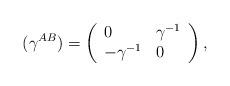
LaTeX: \begin{align*}{\large (}\gamma ^{AB}{\large )}=\left( \begin{array}{ll}0 & \gamma ^{-1} \\ -\gamma ^{-1} & 0\end{array}\right) , \end{align*}